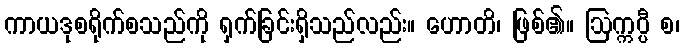
ကာယဒုစရိုက်စသည်ကို ရှက်ခြင်းရှိသည်လည်း။ ဟောတိ၊ ဖြစ်၏။ ဩက္ကပ္ပီ စ၊